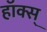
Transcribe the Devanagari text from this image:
हॉक्स्